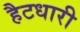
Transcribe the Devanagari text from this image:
हैटधारी